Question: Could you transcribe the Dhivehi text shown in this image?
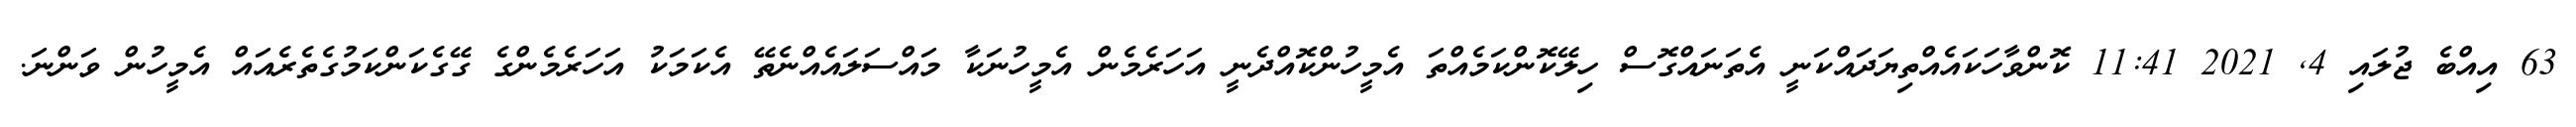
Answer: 63 އިއްބެ ޖުލައި 4, 2021 11:41 ކޮންވާހަކައެއްތިޔަދައްކަނީ އެތަނައްގޮސް ހިލޭކޮންކަމެއްތަ އެމީހުންކޮއްދެނީ އަހަރެމެން އެމީހުނަކާ މައްސަލައެއްނެތޭ އެކަމަކު އަހަރެމެންގެ ގޭގެކަންކަމުގެތެރެއައް އެމީހުން ވަންނަ.